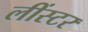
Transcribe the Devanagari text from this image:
लींस्टर